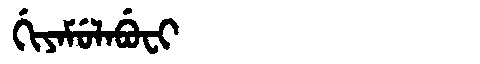
Manchu: ᡤᡳᠶᠠᠮᡠᠯᠠᠪᡠᠸᡳ
Romanization: GIYAMULABUFI